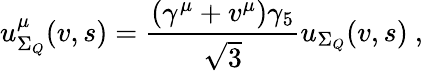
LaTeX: u_{\Sigma_{Q}}^{\mu}(v,s)=\frac{(\gamma^{\mu}+v^{\mu})\gamma_{5}}{\sqrt{3}}u_{\Sigma_{Q}}(v,s)~,